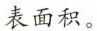
表面积。